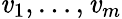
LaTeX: \mathit{v}_{1},\ldots,\mathit{v}_{m}